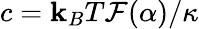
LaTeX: c=\mathbf{k}_{B}T\mathcal{{F}}(\alpha)/\kappa